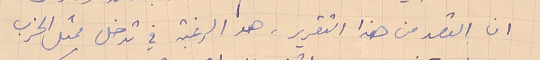
ان القصد من هذا التقرير، هو الرغبة في تدخل ممثل الحزب